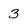
Character: 3